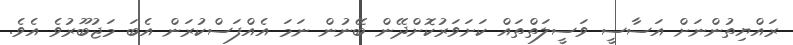
ރައްޔިތުންނަށް އަސާސީ ވަސީލަތްތައް ކަށަވަރުކޮށްދޭން ބޭނުން ނަމަ އެއްފަސްކުރަން އެބަ މަޖުބޫރުވެ އެވެ.